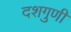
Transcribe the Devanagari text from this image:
दशगुणी